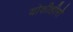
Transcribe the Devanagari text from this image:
योशीहीरो